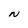
Character: N